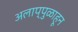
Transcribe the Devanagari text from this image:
अलाप्पुळाहून